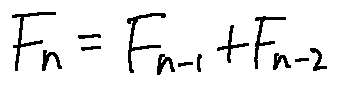
F _ { n } = F _ { n - 1 } + F _ { n - 2 }